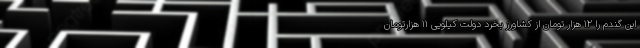
این گندم را ۱۲ هزار تومان از کشاورز بخرد دولت کیلویی ۱۱ هزارتومان